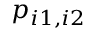
p _ { i 1 , i 2 }